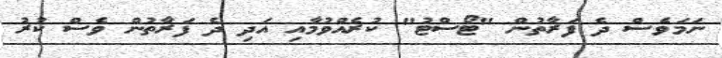
ނަމަވެސް ދެ ފަރާތުން "ޓޯސްޓު" ކުރެއްވުމާއި އަދި ދެ ފަރާތުން ވެސް ކުރު